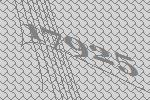
17925